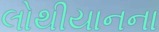
લોથીયાનના